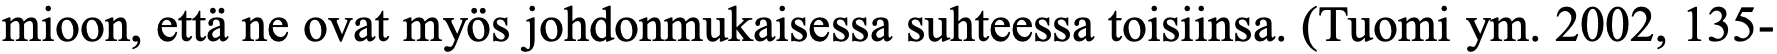
mioon, että ne ovat myös johdonmukaisessa suhteessa toisiinsa. (Tuomi ym. 2002, 135-